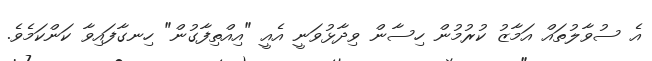
އެ ސުވާލުތައް އަމާޒު ކުރުމުން ހިސާން ވިދާޅުވަނީ އެއީ "އިއްތިފާގުން" ހިނގާފައިވާ ކަންކަމެވެ.